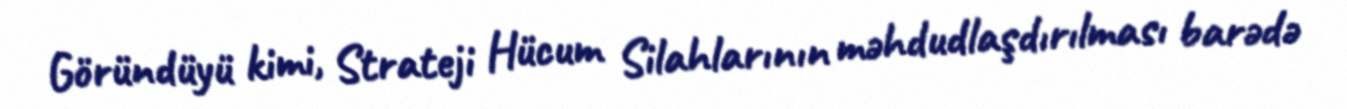
Göründüyü kimi, Strateji Hücum Silahlarının məhdudlaşdırılması barədə